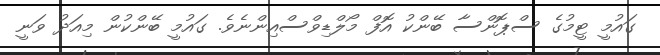
ގައުމީ ޓީމުގެ ސްޕޮންސާ ބޭންކު އޮފް މޯލްޑިވްސްއިންނެވެ. ގައުމީ ބޭންކުން މިއަދު ވަނީ